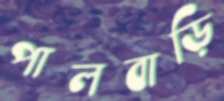
পালবাড়ি